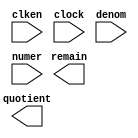
module divider (
	clken,
	clock,
	denom,
	numer,
	quotient,
	remain);

	input	  clken;
	input	  clock;
	input	[15:0]  denom;
	input	[15:0]  numer;
	output	[15:0]  quotient;
	output	[15:0]  remain;

endmodule